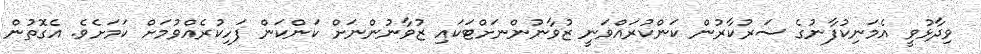
ވިދާޅުވީ އެމަނިކުފާނުގެ ސަރުކާރުން ކަންކުރައްވަނީ ޒުވާނުންނަށްޓަކައި ޒުވާނުންނަށް ކަންކަން ފަހިކުރެއްވުމަށް ކަމަށެވެ. އެގޮތުން